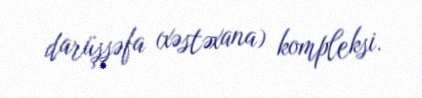
darüşşəfa (xəstəxana) kompleksi.